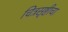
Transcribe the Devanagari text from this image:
चित्रसृष्टीचा